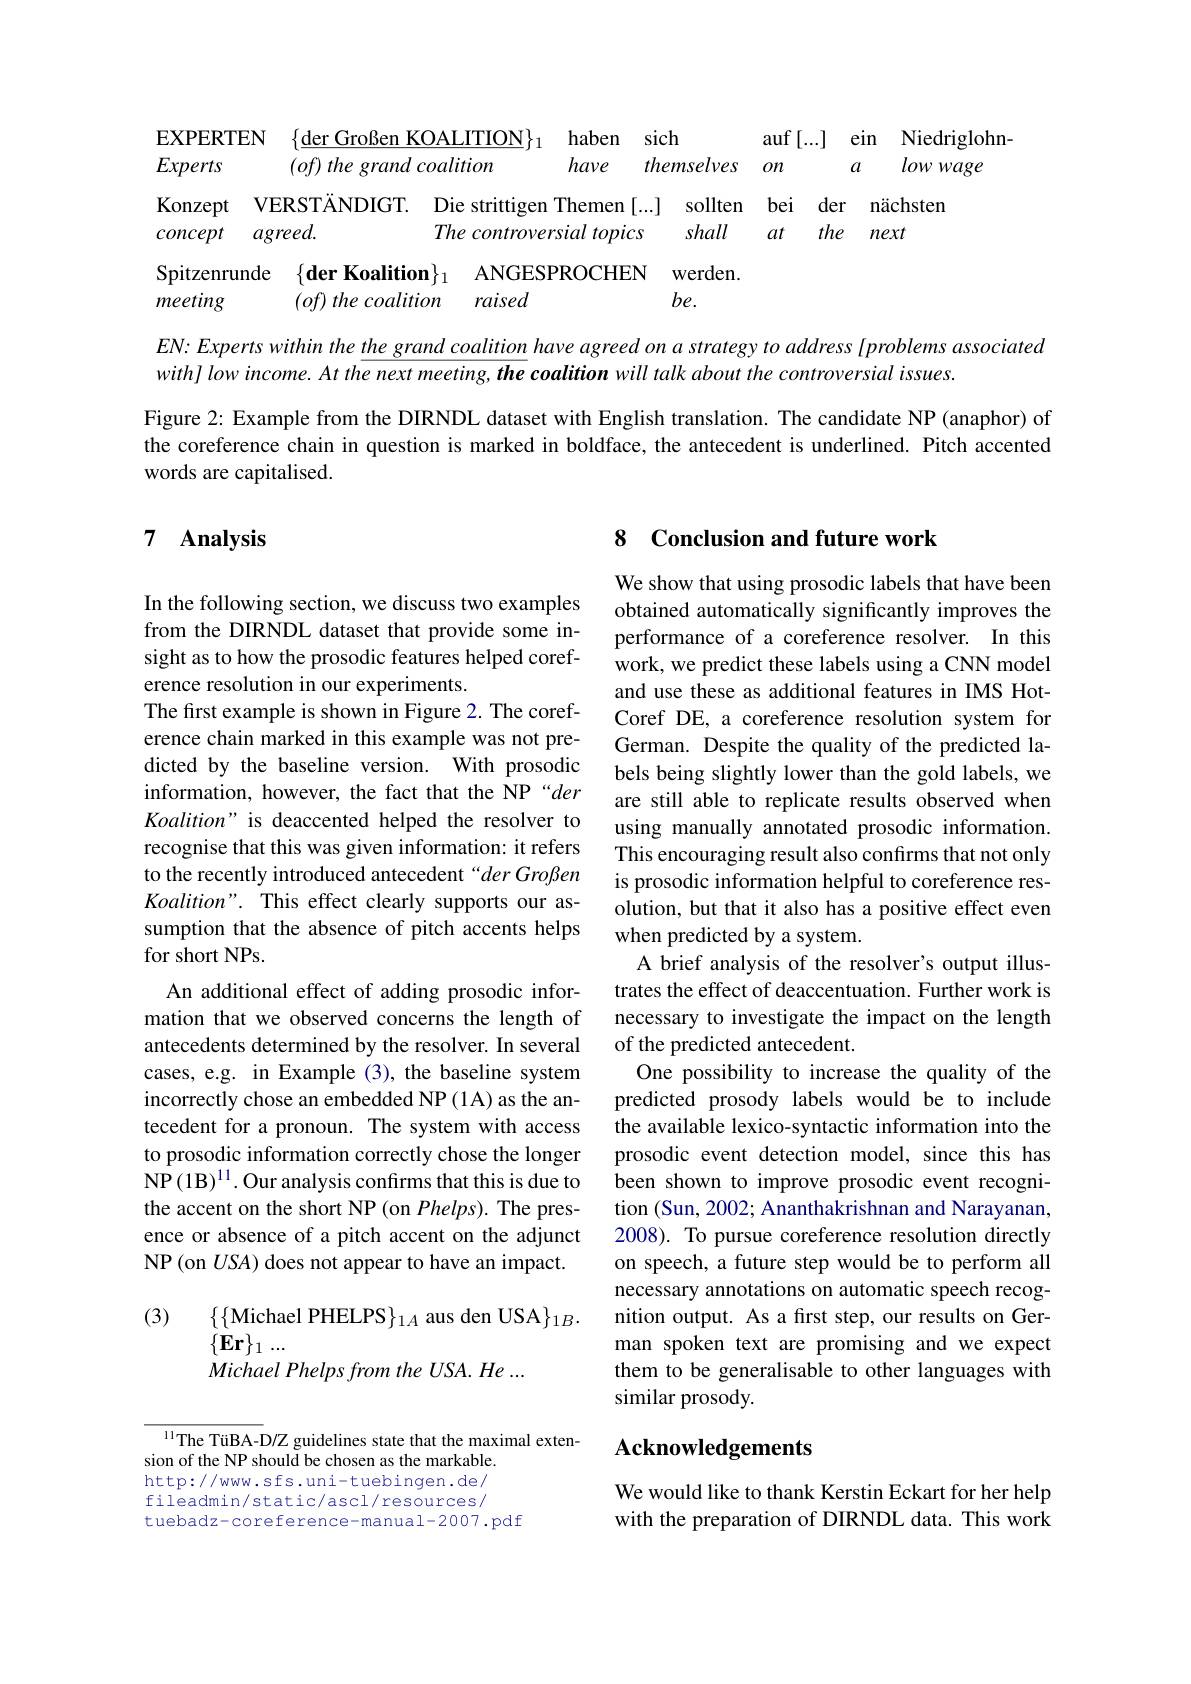
<table>
	<tbody>
		<tr>
			<th>EXPERTEN Experts</th>
			<th>$\{\underline{\mathrm{der~Großen~KOAL}}$ $(of)$ the grand coali</th>
			<th>$\underline{\mathrm{ALITION}}\}$ alition</th>
			<th>1 nselves</th>
			<th>$\operatorname*{auf}\left[...\right]$ $2n$</th>
			<th>.J eın $a$</th>
			<th>Niedriglohn- lowwage</th>
		</tr>
		<tr>
			<td>Konzept $V.$</td>
			<td>ERSTANDIGT. $Di\epsilon$</td>
			<td>Die e strittigen</td>
			<td>sollten</td>
			<td>$de$ bei</td>
			<td>der $n$</td>
			<td>ächsten</td>
		</tr>
		<tr>
			<td>Spitzenrunde meeting</td>
			<td>$\{ \textbf{der Koalition}\} _{1}$ $(of)$ $the\textit{coalition}$</td>
			<td>ANGES $\because1$ raised $\boldsymbol{l}$</td>
			<td>werden. $5e.$</td>
			<td> </td>
			<td> </td>
			<td> </td>
		</tr>
		<tr>
			<td>meeting</td>
			<td>the coalition $of$</td>
			<td>raised 2</td>
			<td>$be.$</td>
			<td> </td>
			<td> </td>
			<td> </td>
		</tr>
	</tbody>
</table>

$EN{: }Expertswithinthe\underline {the\_ grand\_ coalition}have$ $agreed\_ ona$ strategy $to$ address $[ problems$ associated

$with]lowincome.Atthenextmeeting,thecoalitionwilltalkaboutthecontroversialissues.$
Figure 2: Example from the DIRNDL dataset with English translation. The candidate NP (anaphor) of the coreference chain in question is marked in boldface, the antecedent is underlined. Pitch accented words are capitalised.

## 7 $\textbf{Analysis}$

## 8 Conclusion and future work

In the following section, we discuss two examples from the DIRNDL dataset that provide some insight as to how the prosodic features helped coreference resolution in our experiments.
The first example is shown in Figure 2. The coreference chain marked in this example was not predicted by the baseline version. With prosodic information, however, the fact that the NP“der Koalition" is deaccented helped the resolver to recognise that this was given information: it refers to the recently introduced antecedent“der Großen Koalition". This effect clearly supports our assumption that the absence of pitch accents helps for short NPs.
An additional effect of adding prosodic information that we observed concerns the length of antecedents determined by the resolver. In several cases, e.g. in Example (3), the baseline system incorrectly chose an embedded NP (1A) as the antecedent for a pronoun. The system with access to prosodic information correctly chose the longer NP (1B$)^11.$ Our analysis confırms that this is due to the accent on the short NP (on Phelps). The presence or absence of a pitch accent on the adjunct NP (on $USA$) does not appear to have an impact. (3)
$\{\{$Michael PHELPS$\}_1A$ aus den USA$\}_1B.$

We show that using prosodic labels that have been obtained automatically significantly improves the performance of a coreference resolver. In this work, we predict these labels using a CNN model and use these as additional features in IMS HotCoref DE, a coreference resolution system for German. Despite the quality of the predicted labels being slightly lower than the gold labels, we are still able to replicate results observed when using manually annotated prosodic information. This encouraging result also confirms that not only is prosodic information helpful to coreference resolution, but that it also has a positive effect even when predicted by a system.
A brief analysis of the resolver's output illustrates the effect of deaccentuation. Further work is necessary to investigate the impact on the length of the predicted antecedent.
One possibility to increase the quality of the predicted prosody labels would be to include the available lexico-syntactic information into the prosodic event detection model, since this has been shown to improve prosodic event recognition (Sun, 2002; Ananthakrishnan and Narayanan, 2008). To pursue coreference resolution directly on speech, a future step would be to perform all necessary annotations on automatic speech recognition output. As a first step, our results on German spoken text are promising and we expect them to be generalisable to other languages with similar prosody.

$\{\mathbf{Er}\}_1\ldots$
Michael Phelps from the USA. He ...

## Acknowledgements

$^{11}$The TüBA-D/Z guidelines state that the maximal exten-
sion of the NP should be chosen as the markable. http://www.sfs.uni-tuebingen.de/ fileadmin/static/ascl/resources/ tuebadz-coreference-manual-2007.pdf

We would like to thank Kerstin Eckart for her help with the preparation of DIRNDL data. This work